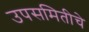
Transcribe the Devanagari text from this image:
उपसमितीचे